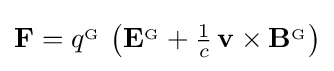
\mathbf {F} =q^{_{\mathrm {G} }}\,\left(\mathbf {E} ^{_{\mathrm {G} }}+{\tfrac {1}{c}}\,\mathbf {v} \times \mathbf {B} ^{_{\mathrm {G} }}\right)